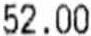
52.00